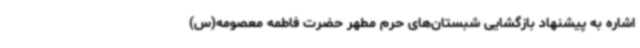
اشاره به پیشنهاد بازگشایی شبستان‌های حرم مطهر حضرت فاطمه معصومه(س)‌